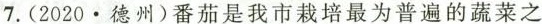
7.(2020.德州)番茄是我市栽培最为普遍的蔬菜之